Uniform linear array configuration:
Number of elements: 24
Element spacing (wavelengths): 0.25
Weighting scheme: blackman
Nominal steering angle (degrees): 30
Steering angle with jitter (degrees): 31.919
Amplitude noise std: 0.05
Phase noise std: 0.05

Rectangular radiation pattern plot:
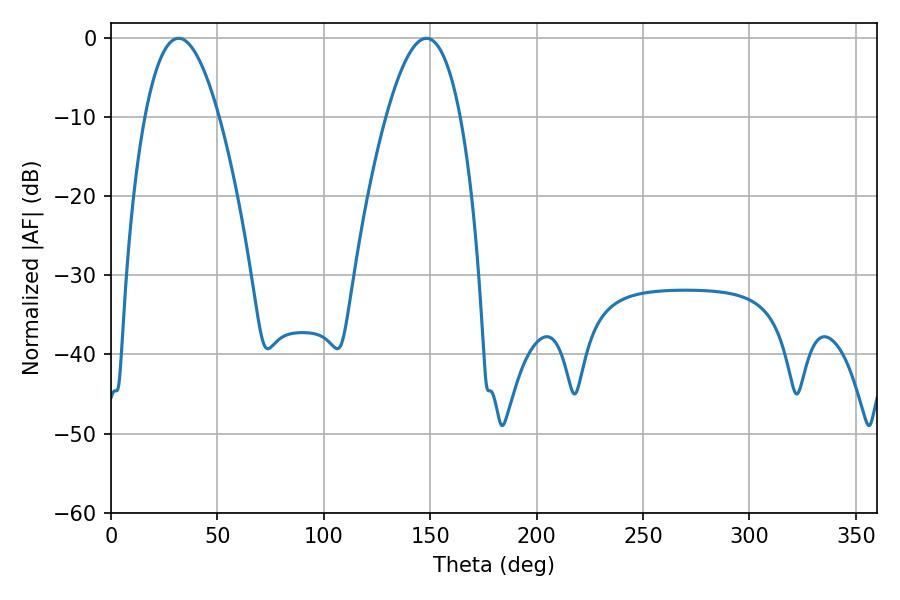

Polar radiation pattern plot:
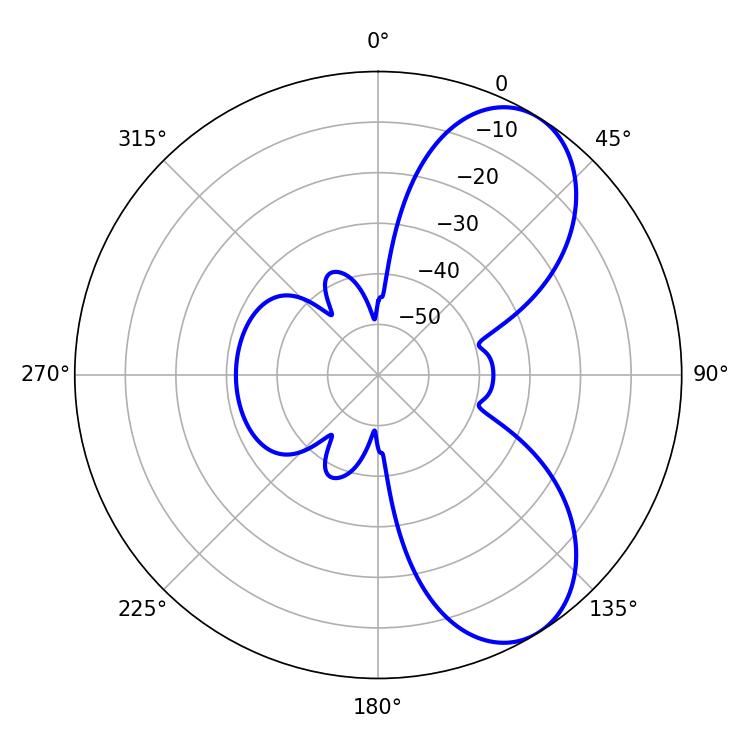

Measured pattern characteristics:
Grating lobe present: FALSE
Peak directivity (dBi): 7.175
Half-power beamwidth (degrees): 19.08
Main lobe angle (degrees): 31.86